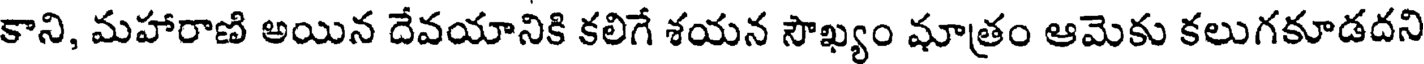
కాని, మహారాణి అయిన దేవయానికి కలిగే శయన సౌఖ్యం మాత్రం ఆమెకు కలుగకూడదని